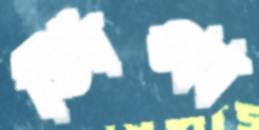
সিপা